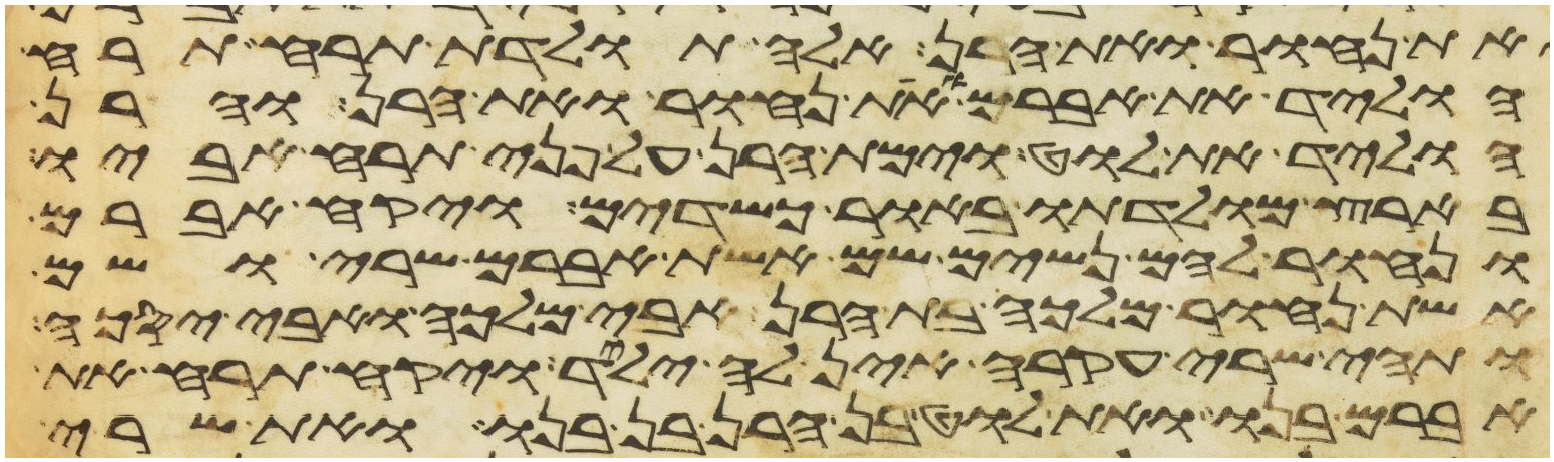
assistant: ואת נחור ואת הרן אלה תולדת תרח תרח
הוליד את אברם ואת נחור ואת הרן והרן
הוליד את לוט וימת הרן על פני תרח אביו
בארץ מולדתו באור כשדים ויקח אברם
ונחור להם נשים שם אשת אברם שרי ושם
אשת נחור מלכה בת הרן אבי מלכה ואבי יסכה
ותהי שרי עקרה אין לה ילד ויקח תרח את
אברם בנו ואת לוט בן הרן בן בנו ואת שרי